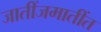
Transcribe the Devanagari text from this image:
जातींजमातींत